Papers set at the Examination for Leaving Certificates, 1890
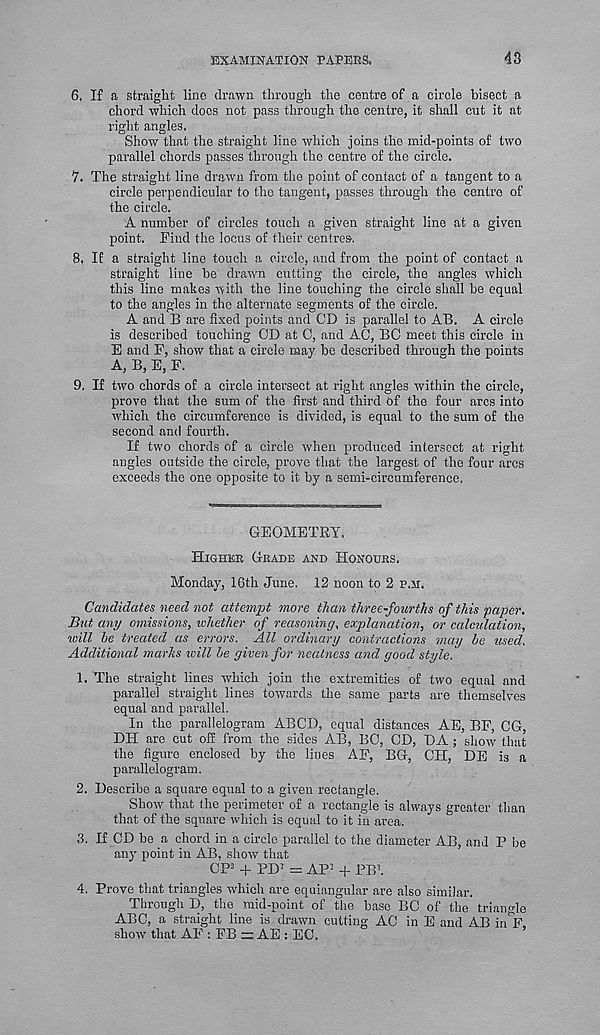
EXAMINATION PAPERS.
43
6. If a straight line drawn through the centre of a circle bisect a
chord which docs not pass through the centre, it shall cut it at
right angles.
Show that the straight line which joins the mid-points of two
parallel chords passes through the centre of the circle.
7. The straight line drawn from the point of contact of a tangent to a
circle perpendicular to the tangent, passes through the centre of
the circle.
A number of circles touch a given straight line at a given
point. Find the locus of their centres-.
8. If a straight line touch a circle, and from the point of contact a
straight line be drawn cutting the circle, the angles which
this line makes with the line touching the circle shall be equal
to the angles in the alternate segments of the circle.
A and B are fixed points and CD is parallel to AB. A circle
is described touching CD at C, and AC, BC meet this circle in
E and F, show that a circle may. be described through the points
A, B, E, F.
9. If two chords of a circle intersect at right angles within the circle,
prove that the sum of the first and third of the four arcs into
which the circumference is divided, is equal to the sum of the
second and fourth.
If two chords of a circle when produced intersect at right
angles outside the circle, prove that the largest of the four arcs
exceeds the one opposite to it by a semi-circumference.
GEOMETRY.
Higher Grade and Honours.
Monday, 16th June. 12 noon to 2 p.ji.
Candidates need not attempt more than three-fourths of this paper.
But any omissions, whether of reasoning, explanation, or calculation,
will he treated as errors. All ordinary contractions may he used.
Additional marks will he given for neatness and good style.
1. The straight lines which join the extremities of two equal and
parallel straight lines towards the same parts are themselves
equal and parallel.
In the parallelogram ABCD, equal distances AE, BF, CG,
DH are cut oS from the sides AB, BC, CD, DA ; show' that
the figure enclosed by the lines AF, EG, CH, DE is a
parallelogram.
2. Describe a square equal to a given rectangle.
Show that the perimeter of a rectangle is always greater than
that of the square which is equal to it in area.
3. If CD be a chord in a circle parallel to the diameter AB, and P be
any point in AB, show that
CP 3 + PD 3 = AP 3 + PBl
4. Prove that triangles which are equiangular are also similar.
Through D, the mid-point of the base BC of the triangle
ABC, a straight line is drawn cutting AC in E and AB mV
show that AF : FB = AE : EC.